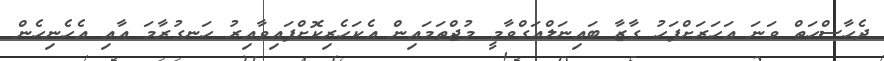
ދެހާސްހަތް ވަނަ އަހަރަށްފަހު ގާޒާ ބައިނަލްއަގްވާމީ މުޖްތަމައިން އެކަހެރިކޮށްފައިވާއިރު ހަނގުރާމަ އާއި އެހެނިހެން